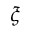
\xi